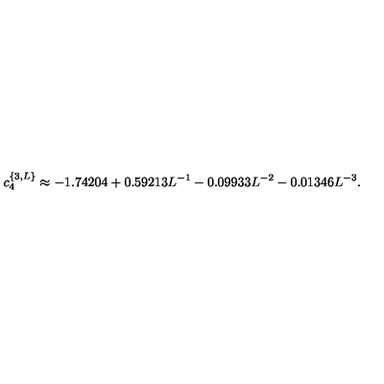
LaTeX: c _ { 4 } ^ { \{ 3 , L \} } \approx - 1 . 7 4 2 0 4 + 0 . 5 9 2 1 3 L ^ { - 1 } - 0 . 0 9 9 3 3 L ^ { - 2 } - 0 . 0 1 3 4 6 L ^ { - 3 } .